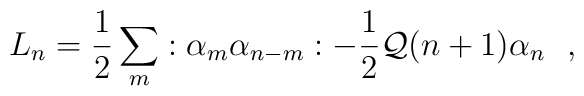
L_{n}=\frac{1}{2}\sum_{m}:\alpha_{m}\alpha_{n-m}:-\frac{1}{2}{\cal Q}(n+1)\alpha_{n}~~,